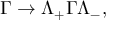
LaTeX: \Gamma \to \Lambda _ { + } \Gamma \Lambda _ { - } ^ { } ,